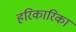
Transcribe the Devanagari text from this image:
हरिकारिका